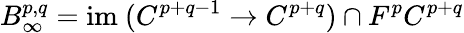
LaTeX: B_{\infty}^{p,q}={\mathrm{im~}}(C^{p+q-1}\rightarrow C^{p+q})\cap F^{p}C^{p+q}